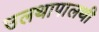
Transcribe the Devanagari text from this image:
उलथापालथी